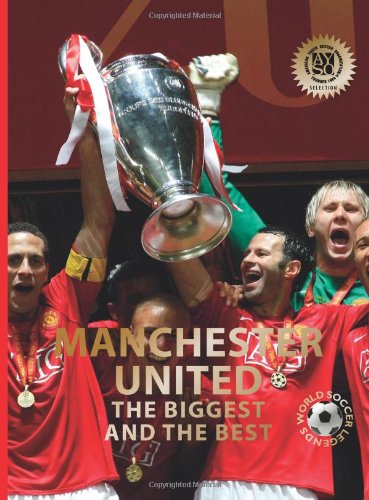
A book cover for Manchester United: The Biggest and the Best (World Soccer Legends); Illugi JÃ¶kulsson; Children's Books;